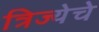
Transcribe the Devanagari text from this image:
त्रिज्येचे